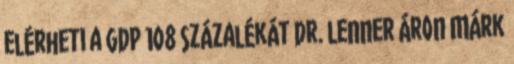
elérheti a GDP 108 százalékát Dr. Lenner Áron Márk